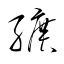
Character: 纊